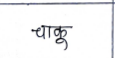
मजकूर: चाकू